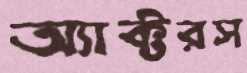
অ্যাক্টরস